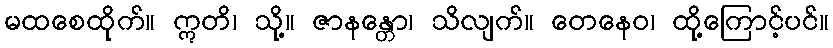
မထစေထိုက်။ ဣတိ၊ သို့။ ဇာနန္တော၊ သိလျက်။ တေနေဝ၊ ထို့ကြောင့်ပင်။